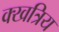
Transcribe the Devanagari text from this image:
क्खत्रिय